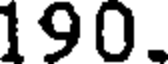
190.